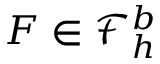
F \in \mathcal { F } _ { h } ^ { b }